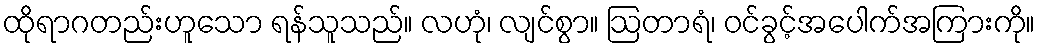
ထိုရာဂတည်းဟူသော ရန်သူသည်။ လဟုံ၊ လျင်စွာ။ ဩတာရံ၊ ဝင်ခွင့်အပေါက်အကြားကို။